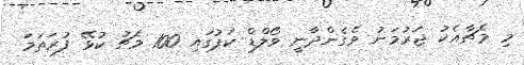
މި މެޗާއެކު ޖަރުމަނު ވެގެންދާނީ ވޯލްޑް ކަޕުގައި 100 މެޗު ކުޅޭ ފުރަތަމަ